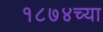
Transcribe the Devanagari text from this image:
१८७४च्या